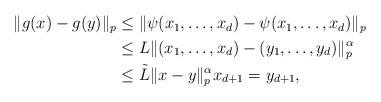
LaTeX: \begin{align*}\begin{aligned}\|g(x)-g(y)\|_p &\leq \| \psi(x_1, \ldots, x_d) - \psi(x_1, \ldots, x_d) \|_p \\ &\leq L \| (x_1,\ldots, x_d) - (y_1, \ldots, y_d) \|_p^{\alpha} \\& \leq \tilde{L} \|x -y \|_p^{\alpha} x_{d+1} = y_{d+1},\end{aligned}\end{align*}